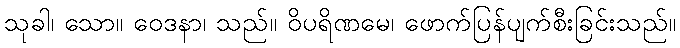
သုခါ၊ သော။ ဝေဒနာ၊ သည်။ ဝိပရိဏမေ၊ ဖောက်ပြန်ပျက်စီးခြင်းသည်။